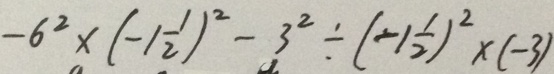
- 6 ^ { 2 } \times ( - 1 \frac { 1 } { 2 } ) ^ { 2 } - 3 ^ { 2 } \div ( - 1 \frac { 1 } { 2 } ) ^ { 2 } \times ( - 3 )